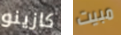
كازينو مبيت